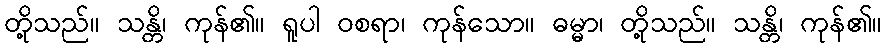
တို့သည်။ သန္တိ၊ ကုန်၏။ ရူပါ ဝစရာ၊ ကုန်သော။ ဓမ္မာ၊ တို့သည်။ သန္တိ၊ ကုန်၏။